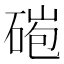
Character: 𥓤